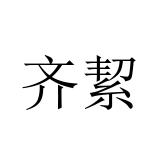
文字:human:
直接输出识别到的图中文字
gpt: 齐絜